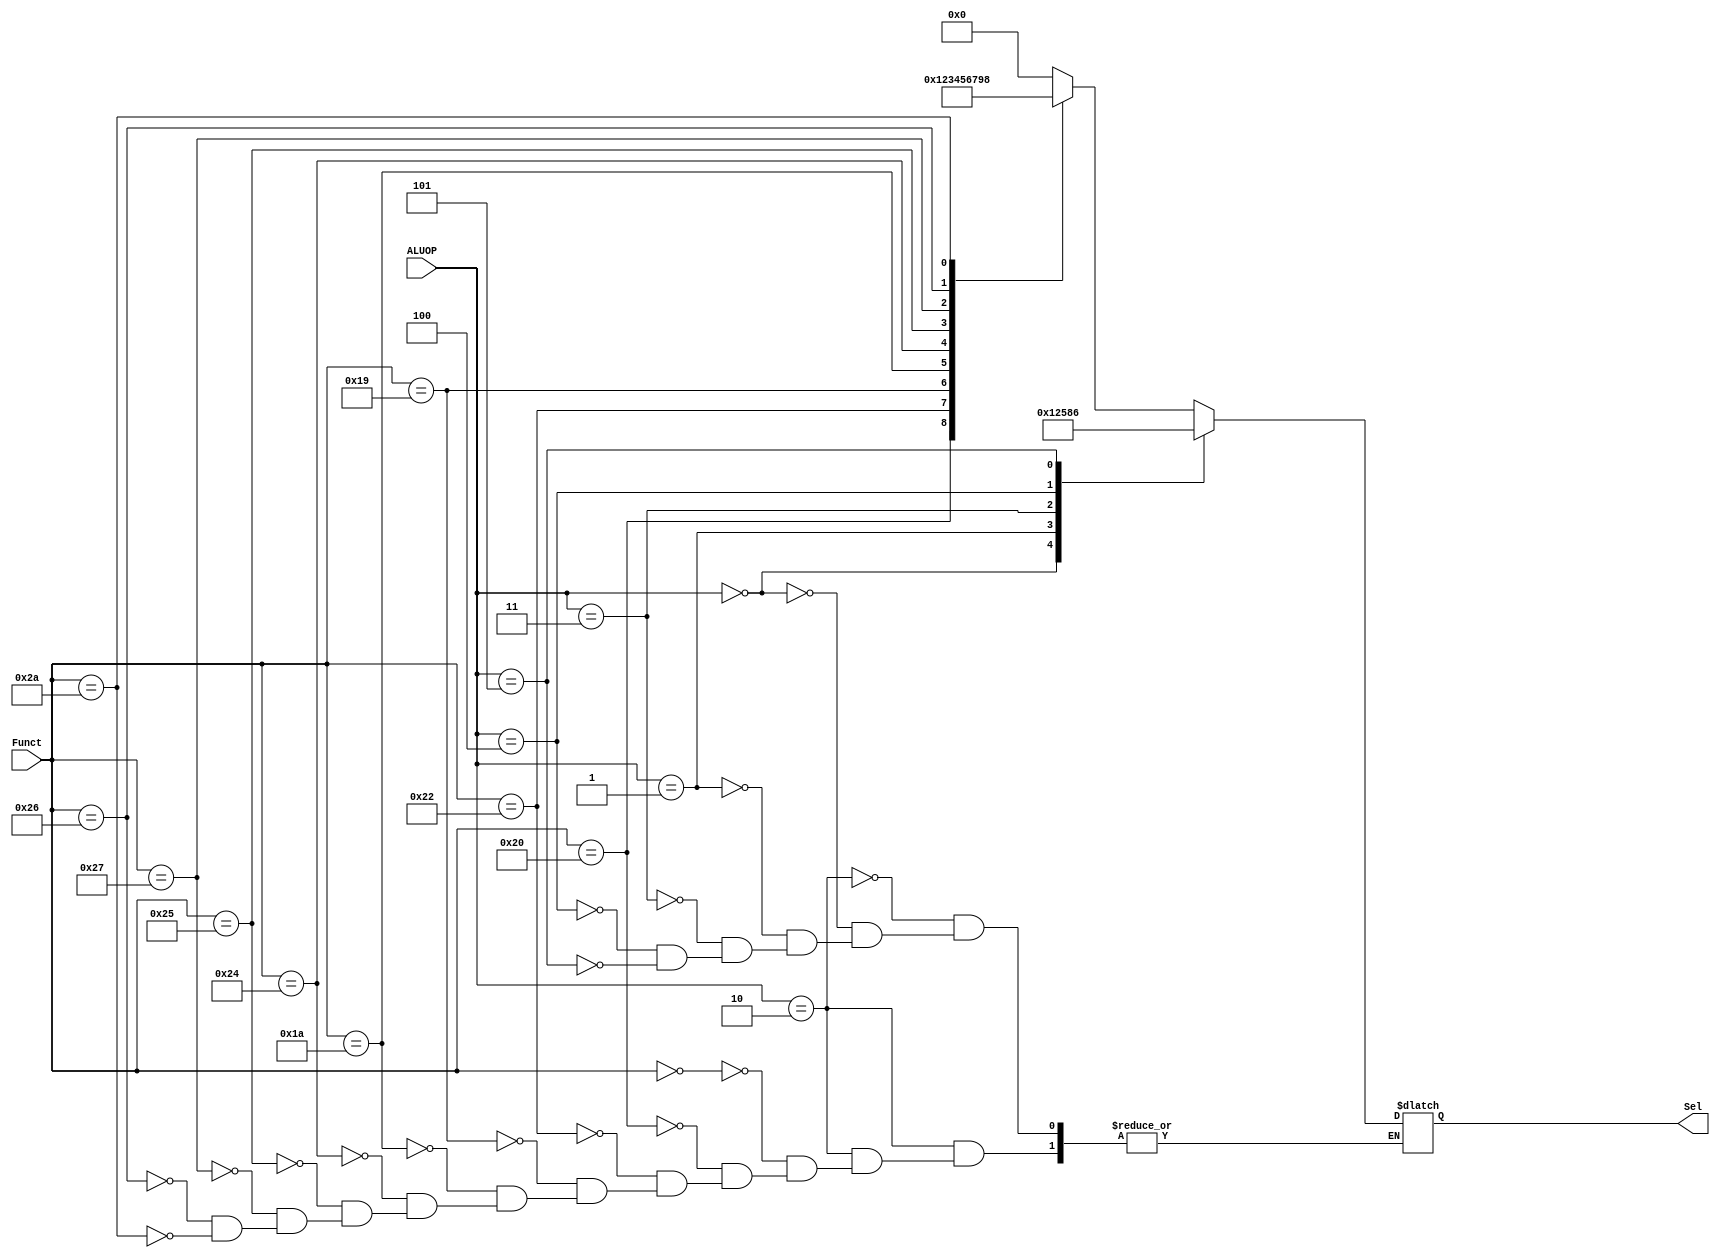

module ALU_Control(
	input [5:0]Funct,
	input [2:0]ALUOP,
	output reg[3:0]Sel
);



always @*
	case(ALUOP)
	
	3'b 010: //Tipo R
			case(Funct)
			
			//NOP
			6'b 000000:
				begin
					Sel = 4'b 0000;
				end
				
			//SUMA
			6'b 100000:
				begin
					Sel = 4'b 0001;
				end
				
			//RESTA
			6'b 100010:
				begin
					Sel = 4'b 0010;
				end
				
			//MULTIPLICACION
			6'b 011001:
				begin
					Sel = 4'b 0011;
				end
				
			//DIVISIN
			6'b 011010:
				begin
					Sel = 4'b 0100;
				end
				
			//AND
			6'b 100100:
				begin
					Sel = 4'b 0101;
				end
				
			//OR
			6'b 100101:
				begin
					Sel = 4'b 0110;
				end
				
			//NOR
			6'b 100111:
				begin
					Sel = 4'b 0111;
				end
			
			//XOR
			6'b 100110:
				begin
					Sel = 4'b 1001;
				end
				
			//SLT
			6'b 101010:
				begin
					Sel = 4'b 1000;
				end 
				
			endcase
			
	3'b 000: // sw y lw
	
			begin
					Sel = 4'b 0001; //SUMA
			end
			
	3'b 001: // Branch equal
	
			begin
					Sel = 4'b 0010; //RESTA
			end
			
	3'b 011: // ANDI
	
			begin
					Sel = 4'b 0101; //AND
			end
			
	3'b 100: // STLI
	
			begin
					Sel = 4'b 1000; //STL
			end
			
	3'b 101: // ORI
	
			begin
					Sel = 4'b 0110; //OR
			end
			
		endcase

endmodule